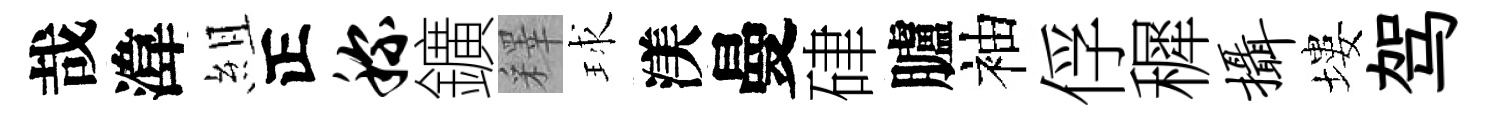
哉湋組正称鑛釋球渼曼硉臚袖俘穉摄塿驾